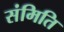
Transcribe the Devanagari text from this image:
संमिति